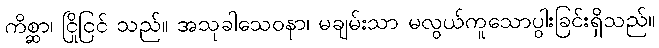
ကိစ္ဆာ၊ ငြိုငြင် သည်။ အသုခါသေဝနာ၊ မချမ်းသာ မလွယ်ကူသောပွါးခြင်းရှိသည်။